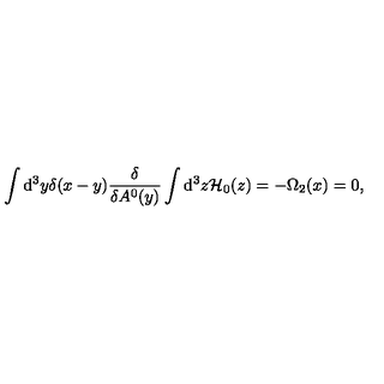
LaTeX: \int \mathrm { d } ^ { 3 } y \delta ( x - y ) \frac { \delta } { \delta A ^ { 0 } ( y ) } \int \mathrm { d } ^ { 3 } z { \cal H } _ { 0 } ( z ) = - \Omega _ { 2 } ( x ) = 0 ,